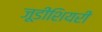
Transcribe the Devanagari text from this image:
जूडीशियरी